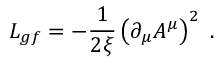
{ \cal L } _ { g f } = - \frac { 1 } { 2 \xi } \left( \partial _ { \mu } A ^ { \mu } \right) ^ { 2 } \ .